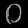
Digit: ၀